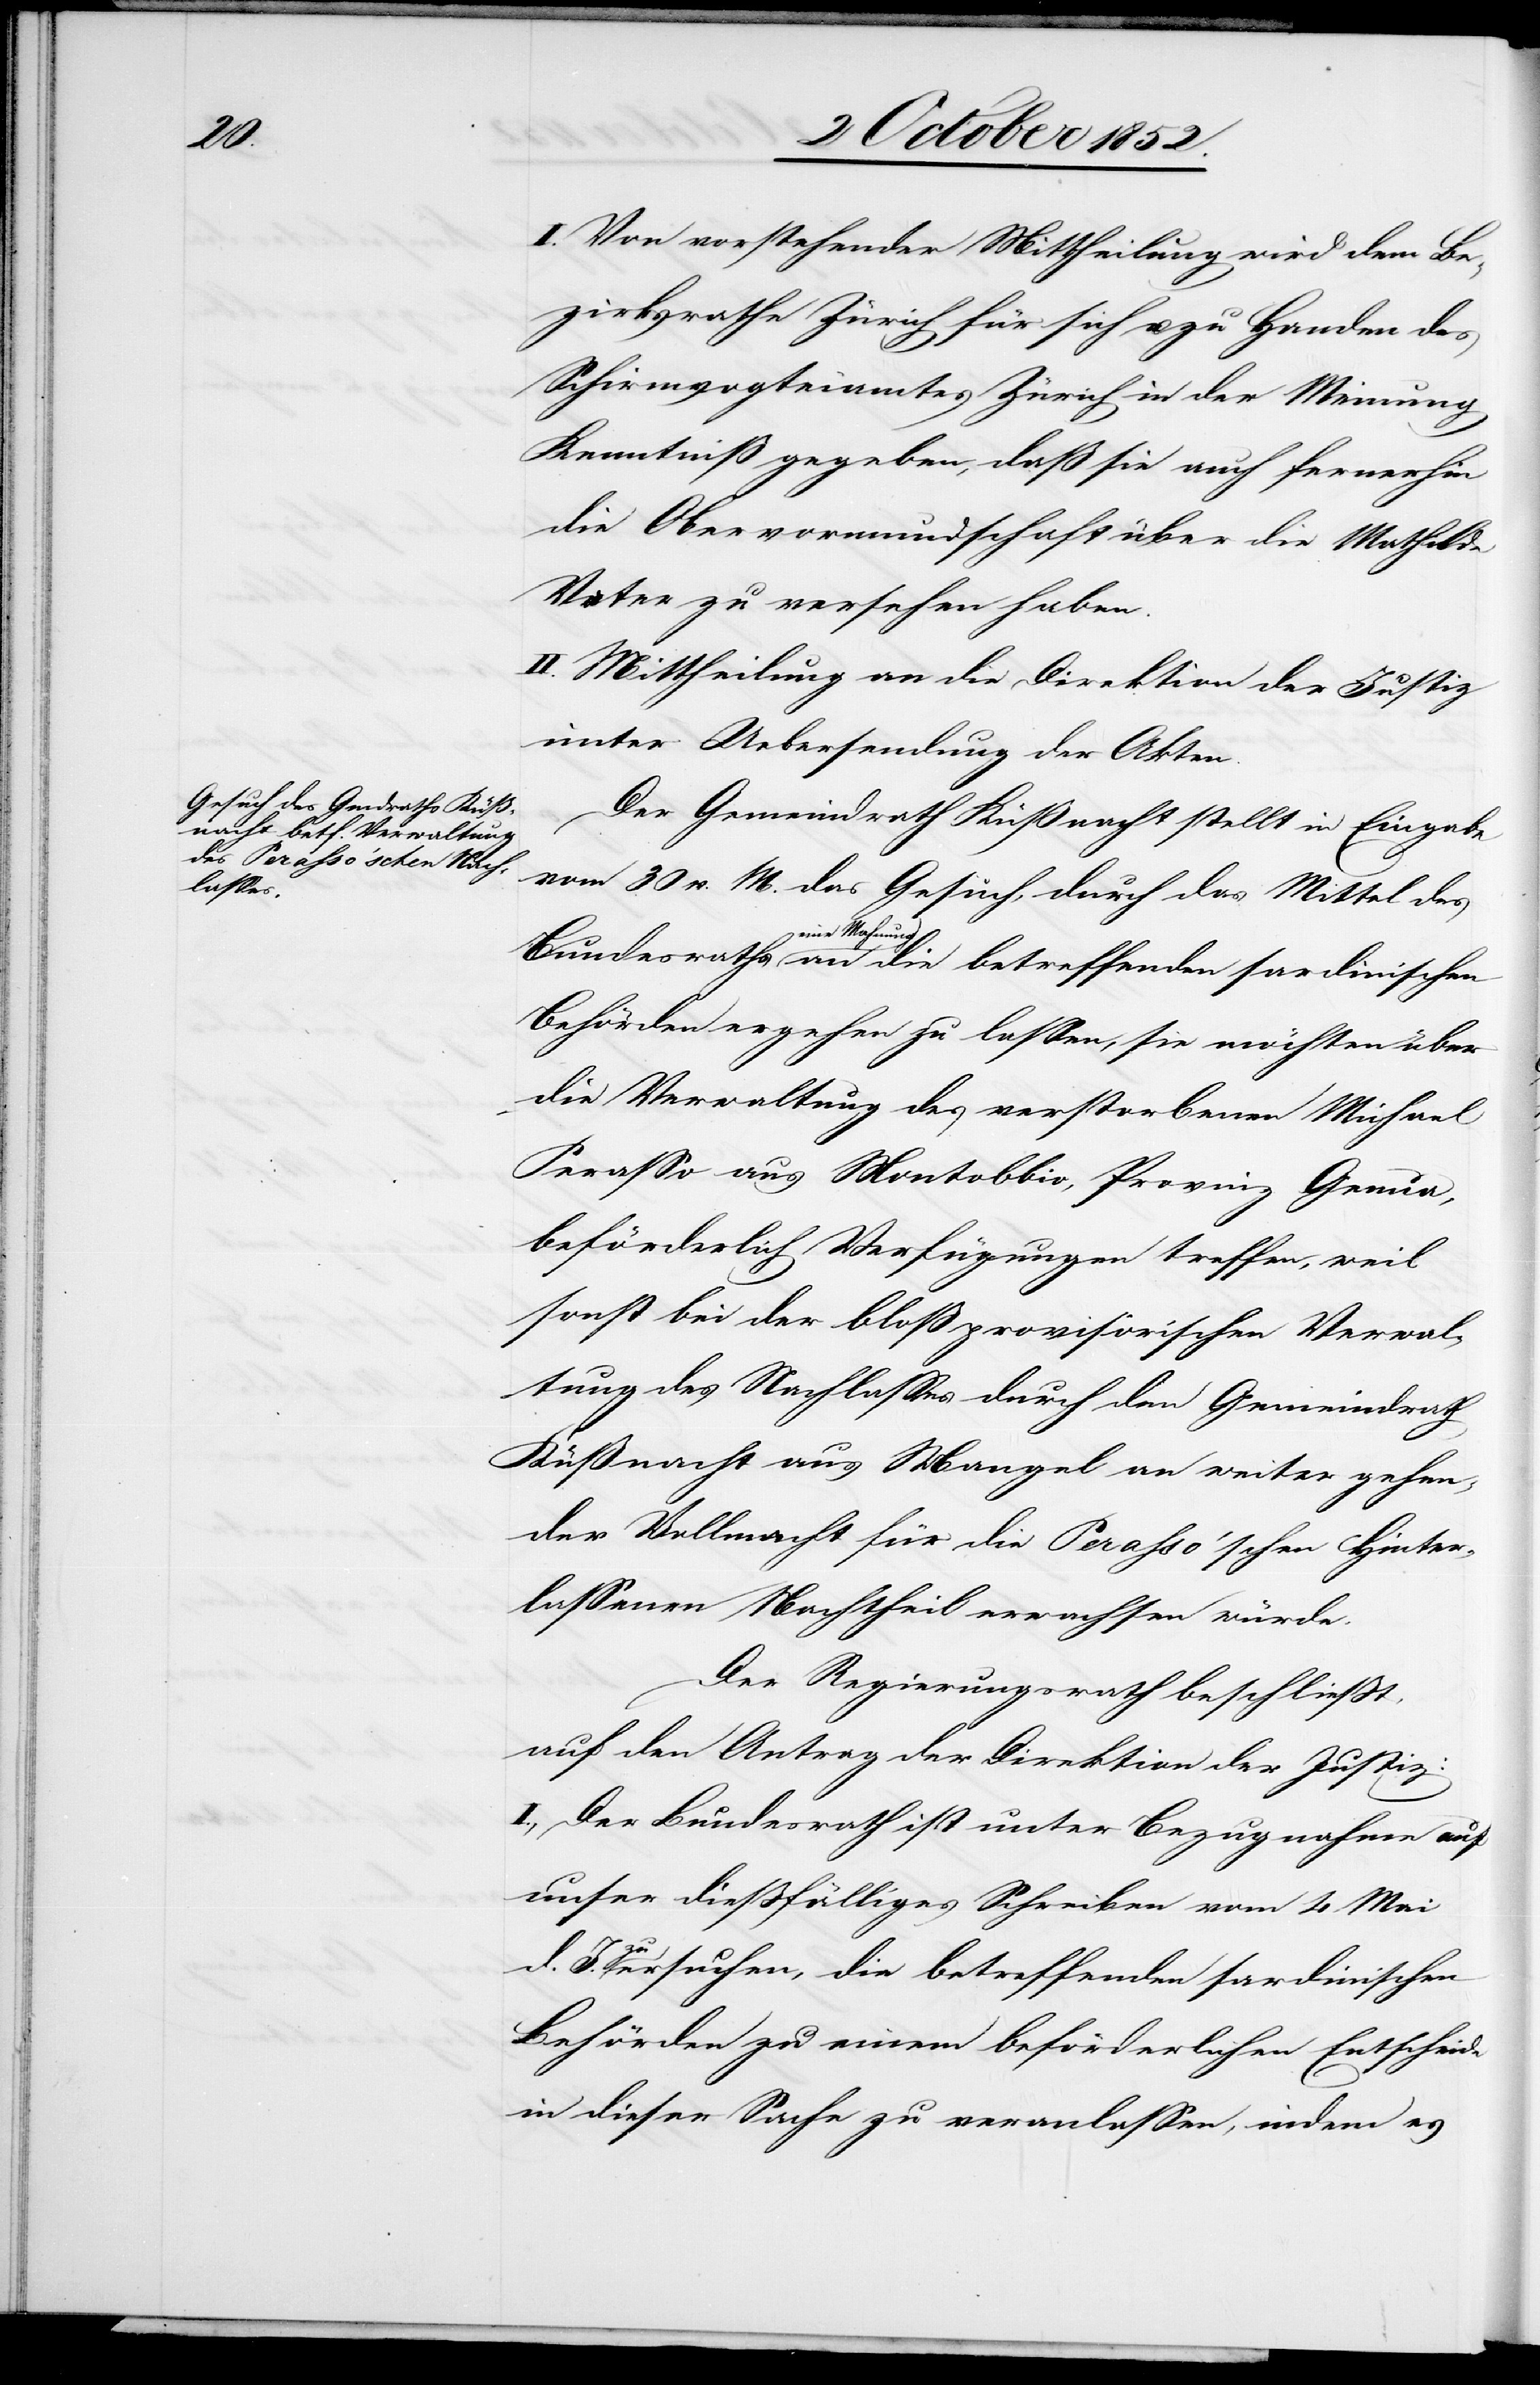
d.

I. Von vorstehender Mittheilung wird dem Be¬
zirksrathe Zürich für sich u. zu Handen des
Schirmvogteiamtes Zürich in der Meinung
Kenntniß gegeben, daß sie auch fernerhin
die Obervormundschaft über die Mathilde
Vater zu versehen haben.
II. Mittheilung an die Direktion der Justiz
unter Uebersendung der Akten.
Der Gemeindrath Küßnacht stellt in Eingabe
vom 30 v. M. das Gesuch, durch das Mittel des
eine Mahnung an
Behörden ergehen zu lassen, sie möchten über
die Verwaltung des verstorbenen Michael
Perasso aus Montobbio, Provinz Genua,
beförderlich Verfügungen treffen, weil
sonst bei der bloß provisorischen Verwal¬
tung des Nachlasses durch den Gemeindrath
Küßnacht aus Mangel an weiter gehen¬
der Vollmacht für die Perasso’schen Hinter¬
lassenen Nachtheil erwachsen würde.
Der Regierungsrath beschließt,
auf den Antrag der Direktion der Justiz:
I., Der Bundesrath ist unter Bezugnahme auf
unser dießfälliges Schreiben vom 4 Mai
J. zu ersuchen, die betreffenden sardinischen
Behörden zu einem beförderlichen Entscheide
in dieser Sache zu veranlassen, indem es